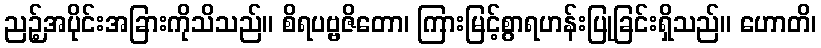
ညဉ့်အပိုင်းအခြားကိုသိသည်။ စိရပဗ္ဗဇိတော၊ ကြားမြင့်စွာရဟန်းပြုခြင်းရှိသည်။ ဟောတိ၊